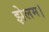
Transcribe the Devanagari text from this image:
झेलम।